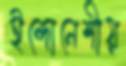
ইন্দোনেশীয়